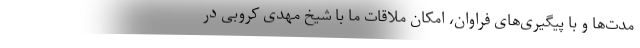
مدت‌ها و با پیگیری‌های فراوان، امکان ملاقات ما با شیخ مهدی کروبی در